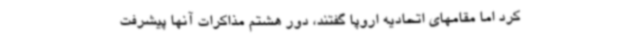
کرد اما مقامهای اتحادیه اروپا گفتند، دور هشتم مذاکرات آنها پیشرفت